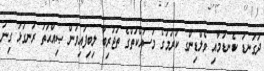
ދަގަނޑު ކެނޑުމާއި ވެލްޑިންގ ކުރުމުގެ މަސައްކަތްގެ ތަޖުރިބާ ލިބިފައިވުން ޞިއްޙަތު ރަނގަޅު ގިނަ